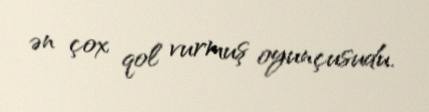
ən çox qol vurmuş oyunçusudu.